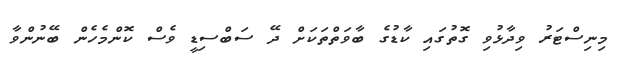
މިނިސްޓަރު ވިދާޅުވި ގޮތުގައި ކާޑުގެ ބާވަތްތަކަށް ދޭ ސަބްސިޑީ ވެސް ކޮންމެހެން ބޭނުންވާ